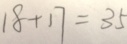
1 8 + 1 7 = 3 5